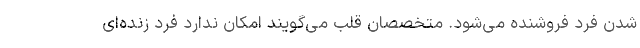
شدن فرد فروشنده می‌شود. متخصصان قلب می‌گویند امکان ندارد فرد زنده‌ای